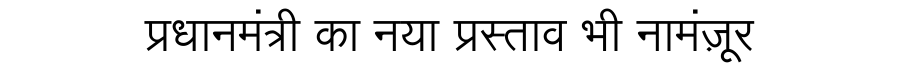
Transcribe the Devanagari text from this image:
प्रधानमंत्री का नया प्रस्ताव भी नामंज़ूर